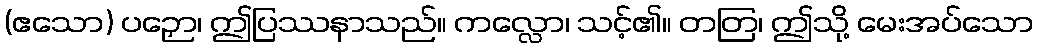
(ဧသော) ပဉှော၊ ဤပြဿနာသည်။ ကလ္လော၊ သင့်၏။ တတြ၊ ဤသို့ မေးအပ်သော